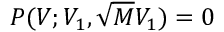
P ( V ; V _ { 1 } , \sqrt { M } V _ { 1 } ) = 0